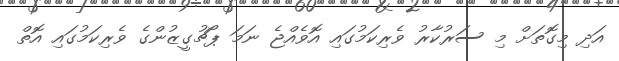
އަދި މިގޮތަށް މި ސަރުކާރު ވެރިކަމުގައި އޮވެއްޖެ ނަމަ ޕޯޗުގީޒުންގެ ވެރިކަމުގައި އޮތް